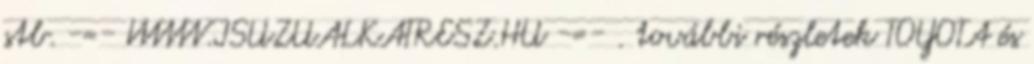
stb. -=- WWW.ISUZUALKATRESZ.HU -=- . további részletek TOYOTA és